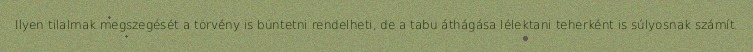
Ilyen tilalmak megszegését a törvény is büntetni rendelheti, de a tabu áthágása lélektani teherként is súlyosnak számít.